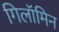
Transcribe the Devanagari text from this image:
गिलॉमिन